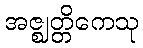
အဇ္ဈတ္တိကေသု